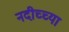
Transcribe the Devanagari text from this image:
नदीच्च्या